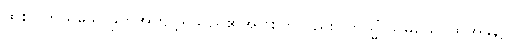
ထိုစင်ကြယ်သောနှုတ်အကျင့်ရှိသည်၏အဖြစ်ကိုလည်း။ တသ္မိံ သမယေ၊ ထိုအခါ၌။